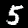
Label: 5